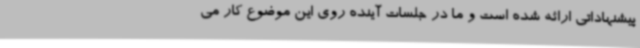
پیشنهاداتی ارائه شده است و ما در جلسات آینده روی این موضوع کار می